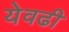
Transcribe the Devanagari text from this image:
येवढी